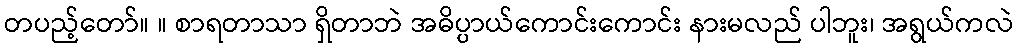
တပည့်တော်။ ။ စာရတာသာ ရှိတာဘဲ အဓိပ္ပာယ်ကောင်းကောင်း နားမလည် ပါဘူး၊ အရွယ်ကလဲ